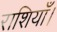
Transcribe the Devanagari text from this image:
राशियाँ।